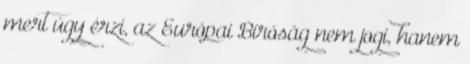
mert úgy érzi, az Európai Bíróság nem jogi, hanem